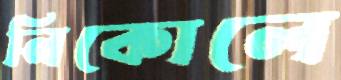
নিকোলে